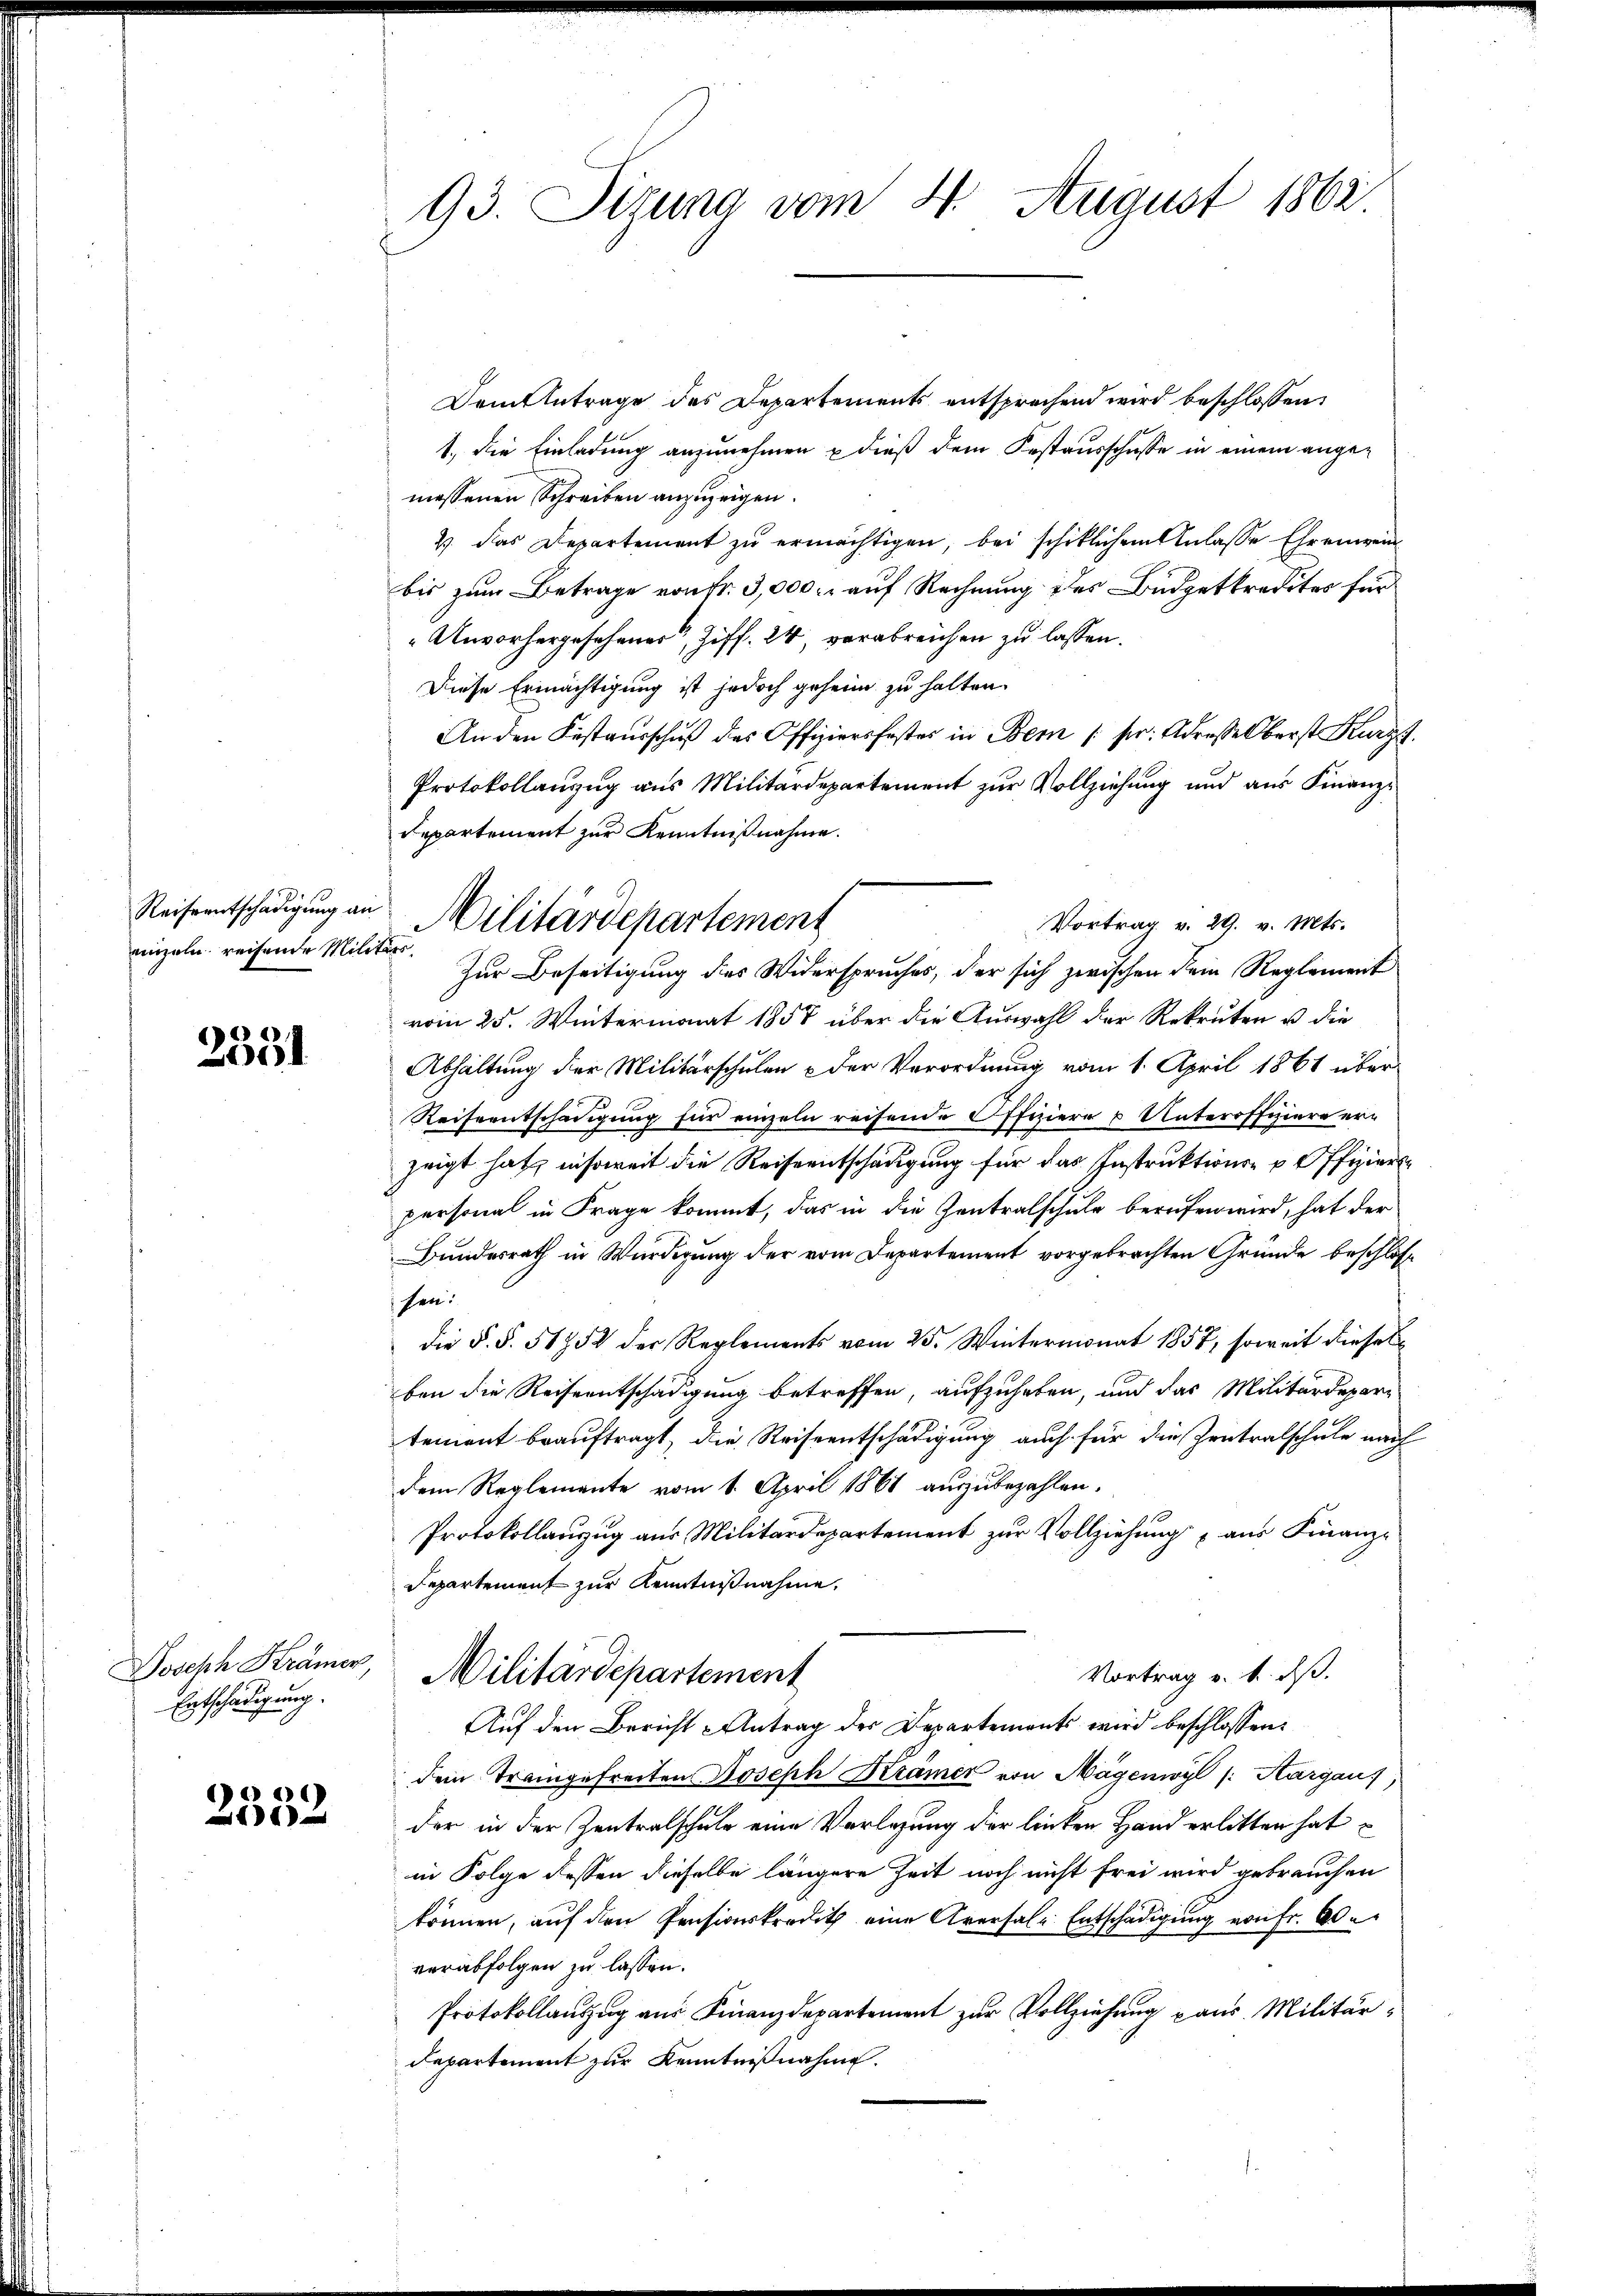
enzeln reisende Mili¬

2331

Joseph Krämer,
Entschädigung.

11

93. Sizung vom 4. August 1862

Dem Antrage des Departements entsprechend wird beschlossen:
1. Die Einladung anzunehmen u dieß dem Festausschusse in einem angemessenen Schreiben anzuzeigen.
4. Das Departement zu ermächtigen, bei schiklichem Anlasse Ehr eingen
bis zum Betrage von fr. 3,000. auf Rechnung des Büdgetkredites für
Unvorhergesehener, Ziff. 24 verabreichen zu lassen.
Diese Ermächtigung ist jedoch geheim zu halten.
An den Kastaŭsschŭβ des Offiziersfestes in Bern / sr. Adresse Oberst Kurzs
Protokollanzug aus Militärdepartement zur Vollziehung und aus Finanz¬
Departement zur Kenntnißnahme.
Zur Beseitigung des Widerspruches, der sich zwischen Dein Reglement
vom 25. Wintermonat 1858 über die Auswahl der Rekruten u die
Abhaltung der Militärschulen der Verordnung vom 1. April 1861 über
Reiseentschädigung für einzeln reifende Offiziere u Unteroffiziere erzeigt hat, insoweit die Reiseentschädigung für das Instruktione offizier
personal in Frage kommt, das in die Zentralschule berufen wird, hat der
Bundesrath in Würdigung der vom Departement vorgebrachten Gründe beschloss
sen:
die §. §. 51752 der Reglements vom 25. Wintermonat 1857, soweit dieses
ben die Reiseentschädigung betreffen, aufzuheben, und das Militärdepar-
tement beauftragt, die Reiseentschädigung auch für die Zentralschule nach
dem Reglemente vom 1. April 1861 auszubezahlen.
Protokollauzug aus Militärdepartement zur Vollziehung aus Finanz-
Departement zur Kenntnißnahme.
Vortrag v. 1. ds.
Militärdepartement
Auf den Bericht - Antrag der Departements wird beschlossen:
dem Trangefreiten Joseph Krämer von Mägenwyl /: Margau
der in der Zentralschule eine Vorlegung der linken Hand erlitten hat
in Folge dessen dieselbe längere Zeit noch nicht frei wird gebrauchen
können, auf den Pensionskredith eine Aversale Entschädigung von Fr. adeverabfolgen zu lassen.
Protokollauszug aus Finanzdepartement zur Vollziehung pans Militär¬
Departement zur Kenntnißnahme.

Reiseentschädigung an Militärdepartement
r

Vortrag v. 29. v. Mts.